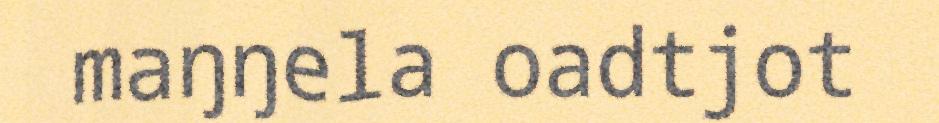
maŋŋela oadtjot